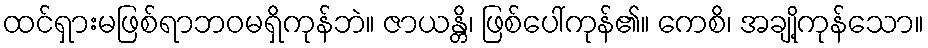
ထင်ရှားမဖြစ်ရာဘဝမရှိကုန်ဘဲ။ ဇာယန္တိ၊ ဖြစ်ပေါ်ကုန်၏။ ကေစိ၊ အချို့ကုန်သော။